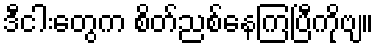
ဒီငါးတွေက စိတ်ညစ်နေကြပြီကိုဗျ။